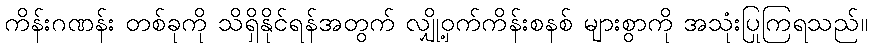
ကိန်းဂဏန်း တစ်ခုကို သိရှိနိုင်ရန်အတွက် လျှို့ဝှက်ကိန်းစနစ် များစွာကို အသုံးပြုကြရသည်။